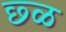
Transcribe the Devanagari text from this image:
छ्ळ